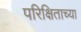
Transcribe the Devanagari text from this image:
परिक्षिताच्या